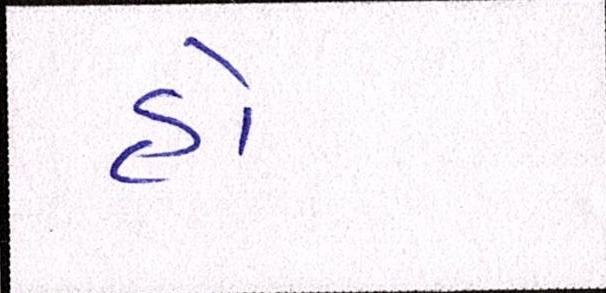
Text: હો